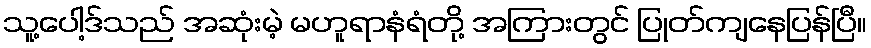
သူ့ပေါ့ဒ်သည် အဆုံးမဲ့ မဟူရာနံရံတို့ အကြားတွင် ပြုတ်ကျနေပြန်ပြီ။